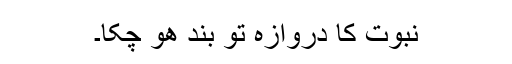
نبوت کا دروازہ تو بند ھو چکا۔